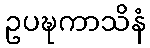
ဥပဍ္ဎကာသိနံ